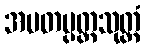
အမတပ္ပတ္တသုတ္တံ